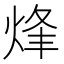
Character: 烽